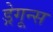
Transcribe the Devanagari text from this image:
ड्रेगून्स